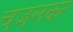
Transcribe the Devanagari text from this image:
चजलकर